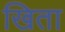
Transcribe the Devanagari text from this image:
खिता